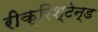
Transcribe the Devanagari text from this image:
रीक्रिश्टेन्ड